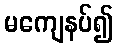
မကျေနပ်၍